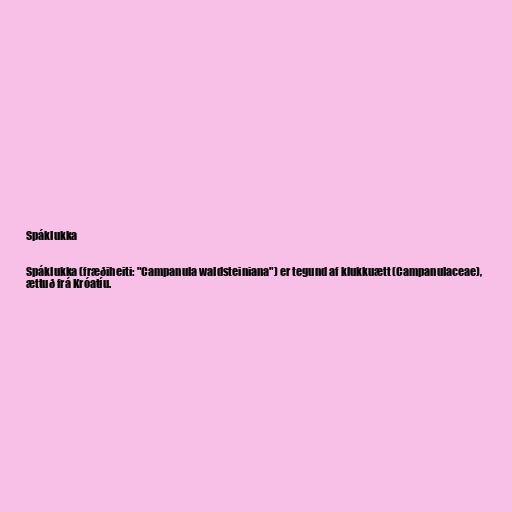
Spáklukka

Spáklukka (fræðiheiti: "Campanula waldsteiniana") er tegund af klukkuætt (Campanulaceae),
ættuð frá Króatíu.